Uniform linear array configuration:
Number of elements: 32
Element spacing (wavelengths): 0.75
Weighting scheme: hann
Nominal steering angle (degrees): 60
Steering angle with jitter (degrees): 60.304
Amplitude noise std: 0.05
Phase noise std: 0.05

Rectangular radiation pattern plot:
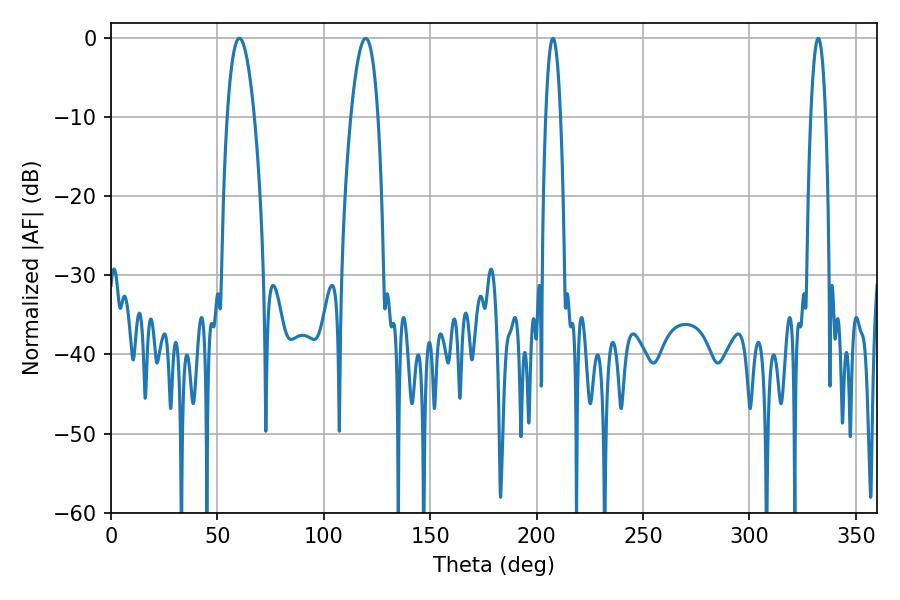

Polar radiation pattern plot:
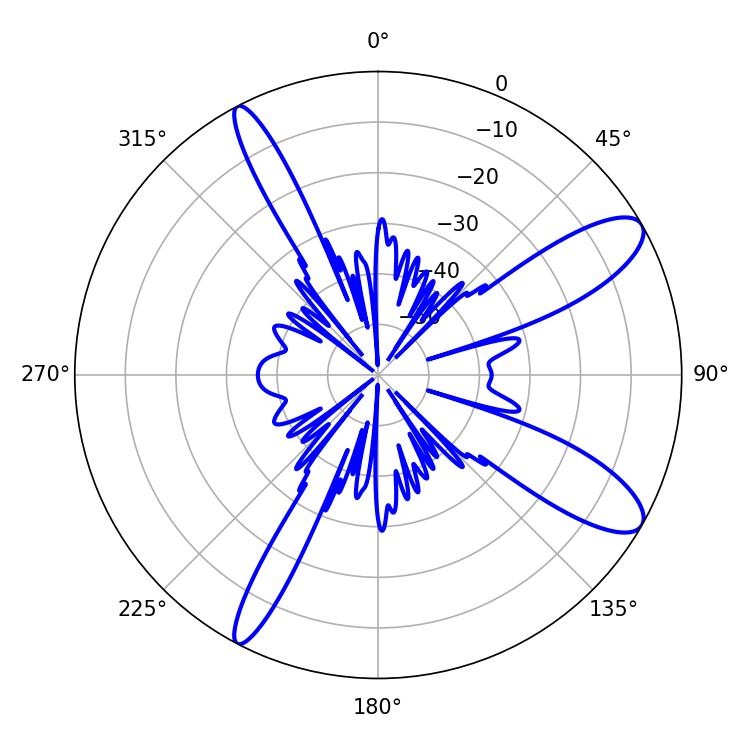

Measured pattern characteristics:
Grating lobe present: TRUE
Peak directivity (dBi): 10.901
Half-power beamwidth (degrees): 7.02
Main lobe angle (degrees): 60.3